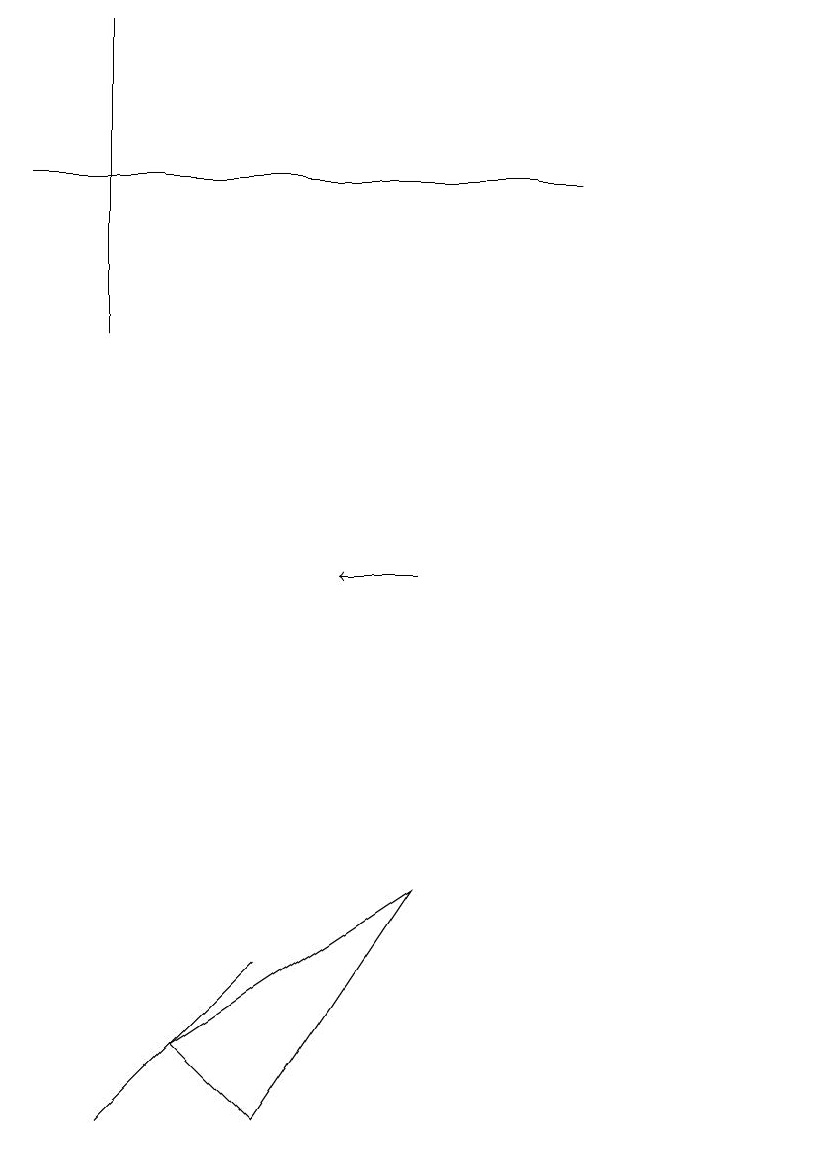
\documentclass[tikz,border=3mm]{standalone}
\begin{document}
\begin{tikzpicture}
\draw (11,10) circle (0);
\draw (8,16) rectangle (1,16);
\draw (4,4) -- (6,7) -- (3,5) -- cycle;
\draw (2,18) rectangle (2,14);
\draw (11,11) circle (0);
\draw[->] (6,11) -- (5,11);
\draw (4,6) -- (2,4) -- (3,5) -- cycle;
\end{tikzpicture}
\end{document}